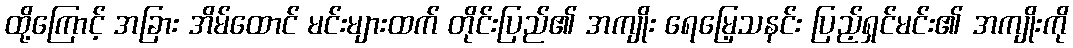
ထို့ကြောင့် အခြား အိမ်ထောင် မင်းများထက် တိုင်းပြည်၏ အကျိုး ရေမြေ့သနင်း ပြည့်ရှင်မင်း၏ အကျိုးကို